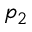
p _ { 2 }